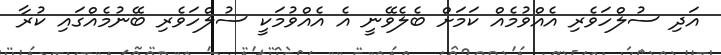
އަދި ސުލްހަވެރި އެއްވުމެއް ކަމަށް ބެލެވޭނީ އެ އެއްވުމަކީ ސުލްހަވެރި ބޭނުމެއްގައި ކުރާ